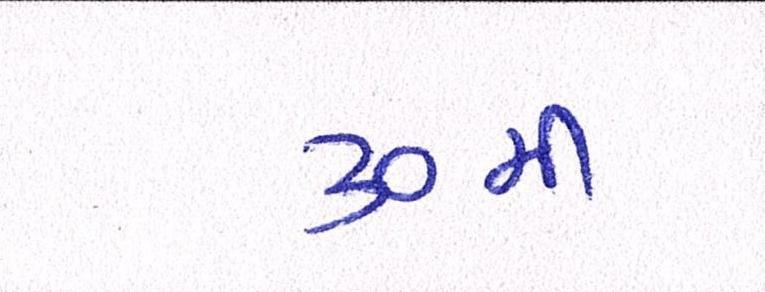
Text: ૩૦મી